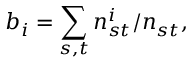
b _ { i } = \sum _ { s , t } n _ { s t } ^ { i } / n _ { s t } ,